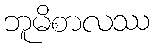
ဘူမိစာလဿ